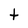
Character: t